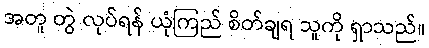
အတူ တွဲ လုပ်ရန် ယုံကြည် စိတ်ချရ သူကို ရှာသည်။